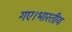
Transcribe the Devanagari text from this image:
गए।भारतीय